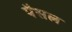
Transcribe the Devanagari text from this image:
पैसल